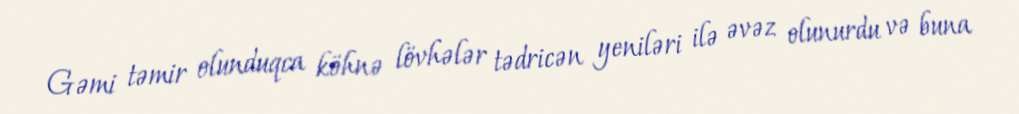
Gəmi təmir olunduqca köhnə lövhələr tədricən yeniləri ilə əvəz olunurdu və buna